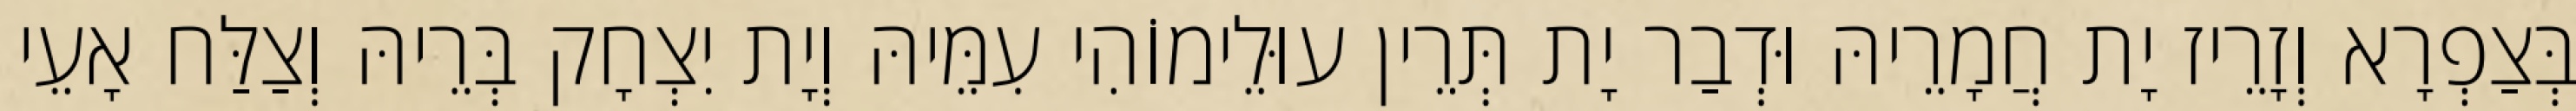
בְּצַפְרָא וְזָרֵיז יָת חֲמָרֵיהּ וּדְבַר יָת תְּרֵין עוּלֵימוֹהִי עִמֵּיהּ וְיָת יִצְחָק בְּרֵיהּ וְצַלַּח אָעֵי